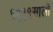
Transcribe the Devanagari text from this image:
१९९१साली